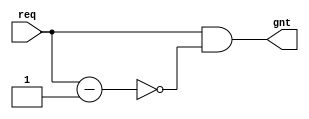
`timescale 1ns / 1ps
//////////////////////////////////////////////////////////////////////////////////
// Company: 
// Engineer: 
// 
// Design Name: 
// Module Name: prior_arb
// Project Name: 
// Target Devices: 
// Tool Versions: 
// Description: 11
// 
// Dependencies: 
// 
// Revision:
// Revision 0.01 - File Created
// Additional Comments:
// 
//////////////////////////////////////////////////////////////////////////////////
// prior_arb #(
//     .REQ_WIDTH ( REQ_WIDTH ))
//  u_prior_arb (
//     .req                     ( req  [REQ_WIDTH-1:0] ),

//     .gnt                     ( gnt  [REQ_WIDTH-1:0] )
// );

module prior_arb #(

    parameter REQ_WIDTH = 16

) (
    input  [REQ_WIDTH-1:0] req,
    output [REQ_WIDTH-1:0] gnt

);

  assign gnt = req & (~(req - 1));

endmodule